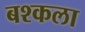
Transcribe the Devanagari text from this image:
बश्कला